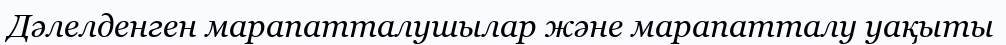
Дәлелденген марапатталушылар және марапатталу уақыты